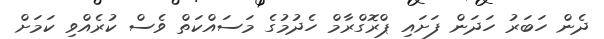
ދެން ހަބަރު ހަދަން ފަށައި ޕްރޮގްރާމް ހެދުމުގެ މަސައްކަތް ވެސް ކުރެއްވި ކަމަށް